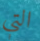
التي